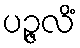
ပဉ္ဇလိံ